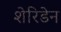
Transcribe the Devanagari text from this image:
शेरिडेन